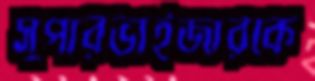
সুপারভাইজারকে